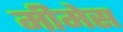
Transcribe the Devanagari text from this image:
मीमेस